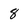
Character: 8